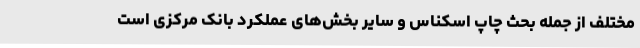
مختلف از جمله بحث چاپ اسکناس و سایر بخش‌های عملکرد بانک مرکزی است